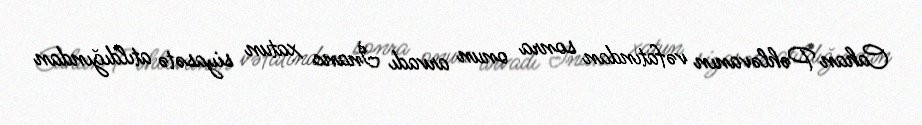
Cahan Pəhləvanın vəfatından sonra onun arvadı İnanc xatun siyasətə atıldığından